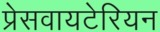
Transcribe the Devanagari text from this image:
प्रेसवायटेरियन